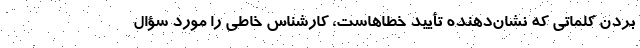
بردن کلماتی که نشان‌دهنده تأیید خطاهاست، کارشناس خاطی را مورد سؤال